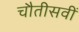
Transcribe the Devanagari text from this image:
चौतीसवीं